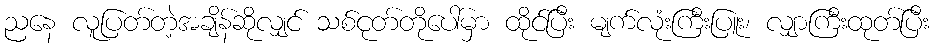
ညနေ လူပြတ်တဲ့အချိန်ဆိုလျှင် သစ်ငုတ်တိုပေါ်မှာ ထိုင်ပြီး မျက်လုံးကြီးပြူး၊ လျှာကြီးထုတ်ပြီး